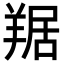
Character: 𦎠